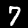
Label: 7